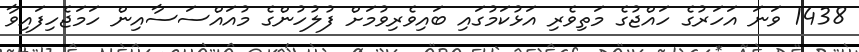
1438 ވަނަ އަހަރުގެ ހައްޖުގެ މަތިވެރި އަޅުކަމުގައި ބައިވެރިވުމަށް ފުލުހުންގެ މުއައްސަސާއިން ހަމަޖެހިފައިވާ